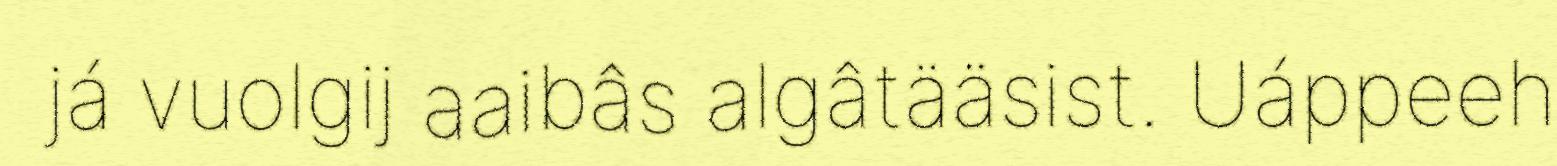
já vuolgij aaibâs algâtääsist. Uáppeeh